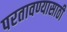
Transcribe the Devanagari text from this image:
परतावण्यासाठी